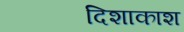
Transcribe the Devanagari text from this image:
दिशाकाश